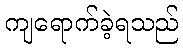
ကျရောက်ခဲ့ရသည်